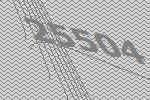
25504